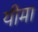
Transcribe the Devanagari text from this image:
यीमा